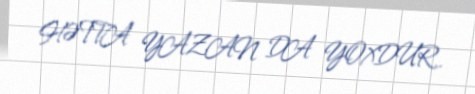
HƏTTA YAZAN DA YOXDUR..